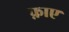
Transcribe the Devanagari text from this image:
फ़ाए